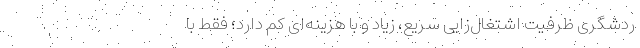
ردشگری ظرفیت اشتغال‌زایی سریع، زیاد و با هزینه‌ای کم دارد؛ فقط با